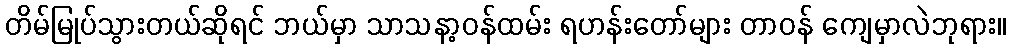
တိမ်မြုပ်သွားတယ်ဆိုရင် ဘယ်မှာ သာသနာ့ဝန်ထမ်း ရဟန်းတော်များ တာဝန် ကျေမှာလဲဘုရား။